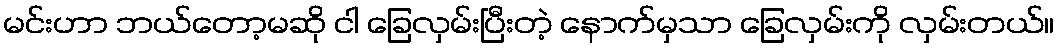
မင်းဟာ ဘယ်တော့မဆို ငါ ခြေလှမ်းပြီးတဲ့ နောက်မှသာ ခြေလှမ်းကို လှမ်းတယ်။